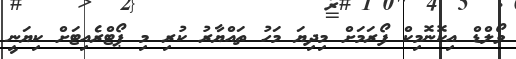
ވޯލްޑް އިކޮނޮމިކް ފޯރަމަށް މިދިޔަ މަހު ތައްޔާރު ކުރި މި ޕޯޓްރެއިޓަށް ކިޔަނީ